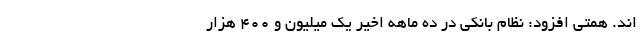
اند. همتی افزود: نظام بانکی در ده ماهه اخیر یک میلیون و ۴۰۰ هزار